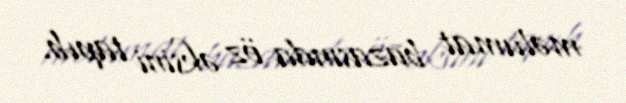
məlumat bazasında öz əksini tapıb.